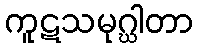
ကူဋသမုဂ္ဃါတာ